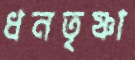
ধনতৃষ্ণা